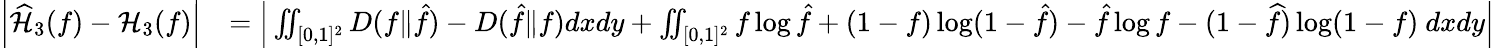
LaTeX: \begin{array}{rl}{\left|\widehat{\mathcal{H}}_{3}(f)-\mathcal{H}_{3}(f)\right|}&{=\Big|\iint_{[0,1]^{2}}D(f\| \hat{f})-D(\hat{f}\| f)dxdy+\iint_{[0,1]^{2}}f\log\hat{f}+(1-f)\log(1-\hat{f})-\hat{f}\log f-(1-\widehat{f})\log(1-f)\ dxdy\Big|}\end{array}